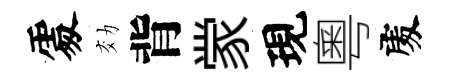
𠁅効背䝉現粵𠁅